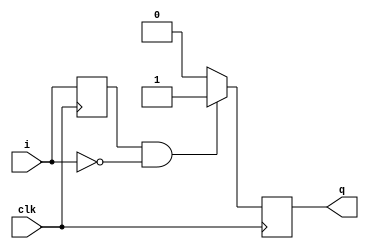
module negPulse(i,
                q,
                clk);
    
    
    input i;
    output reg q;
    input clk;
    
    
    reg lastI;
    always@(posedge clk) begin
        lastI <= i;
        if (lastI && !i)
            q <= 1'd1;
        else
            q <= 1'd0;
    end
    
endmodule